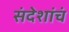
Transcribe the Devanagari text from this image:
संदेशांचं